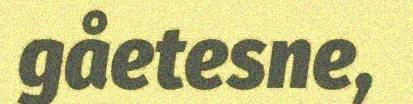
gåetesne,